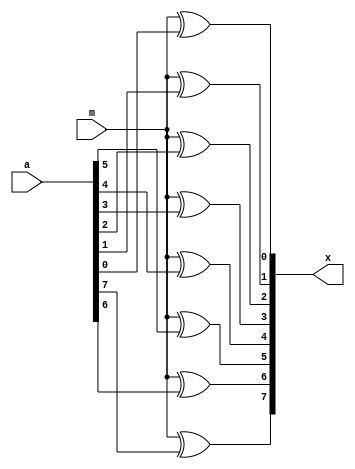
module inverter
(
    input m,
    input [7:0]a,
    output [7:0]x
);

    assign x[7] = m ^ a[7];
    assign x[6] = m ^ a[6];
    assign x[5] = m ^ a[5];
    assign x[4] = m ^ a[4];
    assign x[3] = m ^ a[3];
    assign x[2] = m ^ a[2];
    assign x[1] = m ^ a[1];
    assign x[0] = m ^ a[0];
endmodule